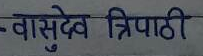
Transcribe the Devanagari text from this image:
वासुदेव त्रिपाठी